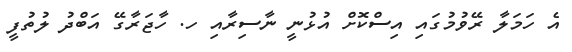
އެ ހަމަލާ ރޭވުމުގައި އިސްކޮށް އުޅުނީ ނާސިރާއި ހ. ހާޖަރާގޭ އަބްދު ލުތުފީ